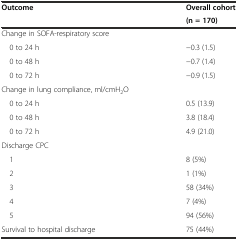
<table><thead><tr><td rowspan="2"><b>Outcome</b></td><td><b>Overall cohort</b></td></tr><tr><td><b>(n = 170)</b></td></tr></thead><tbody><tr><td>Change in SOFA-respiratory score</td><td></td></tr><tr><td> 0 to 24 h</td><td>−0.3 (1.5)</td></tr><tr><td> 0 to 48 h</td><td>−0.7 (1.4)</td></tr><tr><td> 0 to 72 h</td><td>−0.9 (1.5)</td></tr><tr><td>Change in lung compliance, ml/cmH<sub>2</sub>O</td><td></td></tr><tr><td> 0 to 24 h</td><td>0.5 (13.9)</td></tr><tr><td> 0 to 48 h</td><td>3.8 (18.4)</td></tr><tr><td> 0 to 72 h</td><td>4.9 (21.0)</td></tr><tr><td>Discharge CPC</td><td></td></tr><tr><td> 1</td><td>8 (5%)</td></tr><tr><td> 2</td><td>1 (1%)</td></tr><tr><td> 3</td><td>58 (34%)</td></tr><tr><td> 4</td><td>7 (4%)</td></tr><tr><td> 5</td><td>94 (56%)</td></tr><tr><td>Survival to hospital discharge</td><td>75 (44%)</td></tr></tbody></table>